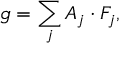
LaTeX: g = \sum _ { j } A _ { j } \cdot F _ { j } ,